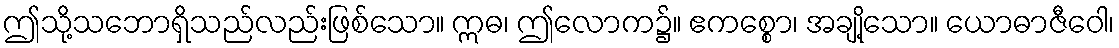
ဤသို့သဘောရှိသည်လည်းဖြစ်သော။ ဣဓ၊ ဤလောက၌။ ဧကစ္စော၊ အချို့သော။ ယောဓာဇီဝေါ၊